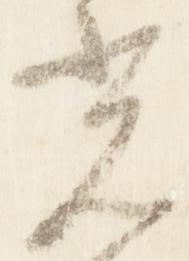
光